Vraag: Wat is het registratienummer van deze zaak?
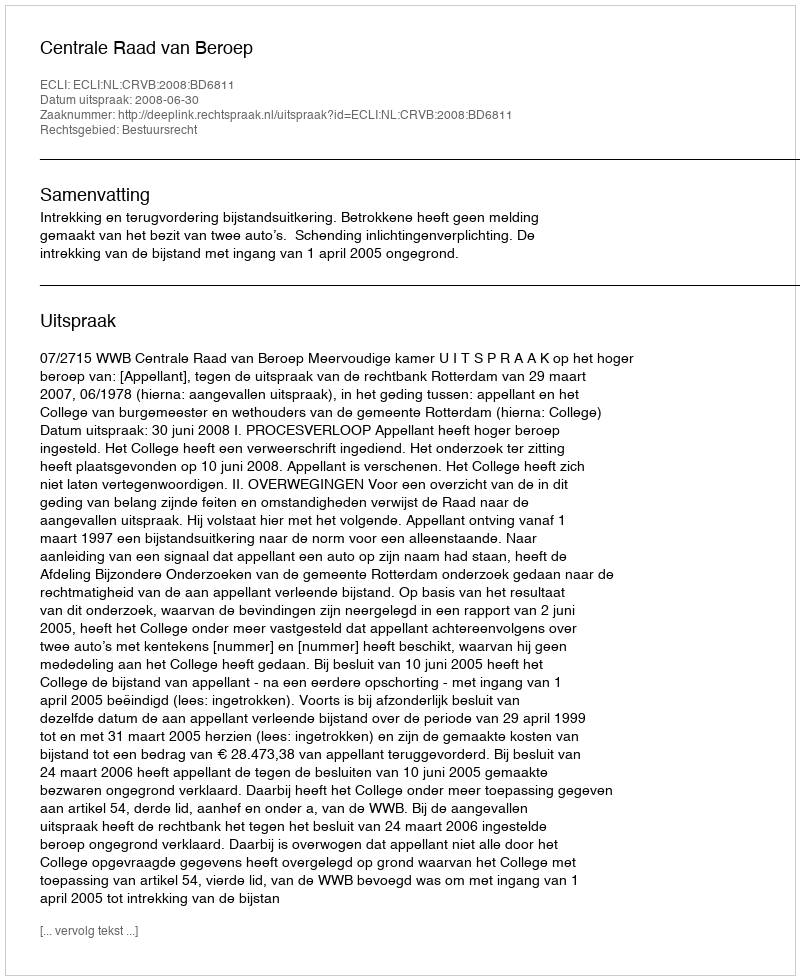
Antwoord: http://deeplink.rechtspraak.nl/uitspraak?id=ECLI:NL:CRVB:2008:BD6811